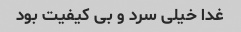
غدا خیلی سرد و بی کیفیت بود